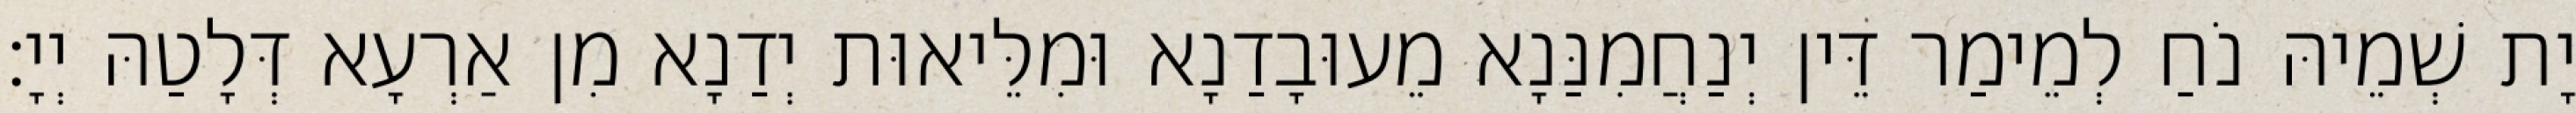
יָת שְׁמֵיהּ נֹחַ לְמֵימַר דֵּין יְנַחֲמִנַּנָא מֵעוּבָדַנָא וּמִלֵּיאוּת יְדַנָא מִן אַרְעָא דְּלָטַהּ יְיָ׃